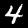
Label: 4